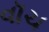
વૉચ